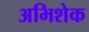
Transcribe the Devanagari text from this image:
अभिशेक